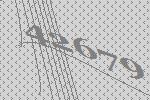
42679